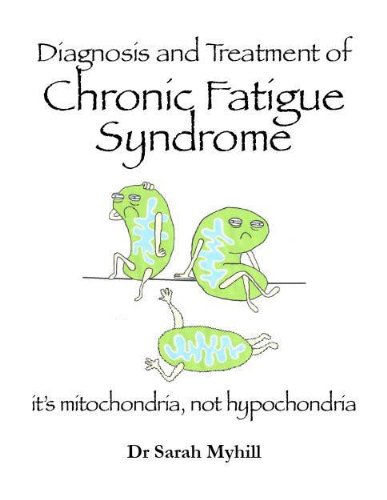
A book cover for Diagnosing and treating Chronic Fatigue Syndrome: its mitochondria, not hypochondria; Sarah Myhill; Health, Fitness & Dieting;